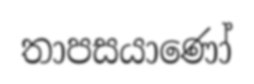
තාපසයාණෝ